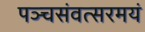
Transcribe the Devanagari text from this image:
पञ्चसंवत्सरमयं